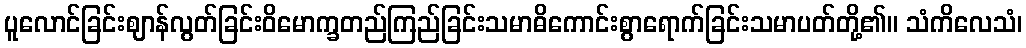
ပူလောင်ခြင်းဈာန်လွတ်ခြင်းဝိမောက္ခတည်ကြည်ခြင်းသမာဓိကောင်းစွာရောက်ခြင်းသမာပတ်တို့၏။ သံကိလေသံ၊